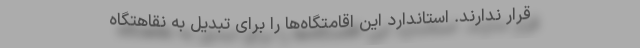
قرار ندارند. استاندارد این اقامتگاه‌ها را برای تبدیل به نقاهتگاه